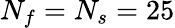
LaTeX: N_{f}=N_{s}=25